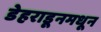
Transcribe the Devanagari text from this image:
डेहराडूनमधून